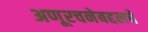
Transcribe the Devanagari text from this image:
अणूरचनेबद्दलचे